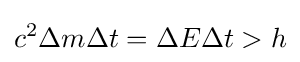
c^{2}\Delta m\Delta t=\Delta E\Delta t>h